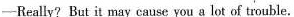
-Really? But it may cause you a lot of trouble.